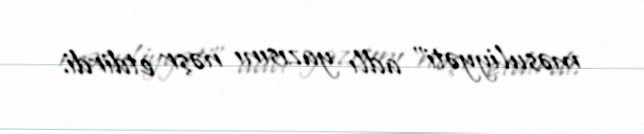
məsuliyyəti" adlı yazısını nəşr etdirdi.